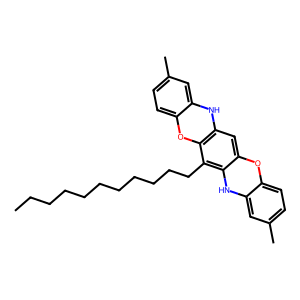
SMILES: CCCCCCCCCCCc1c2[nH]c3cc(C)ccc3oc2cc2[nH]c3cc(C)ccc3oc12
Inhibits HIV replication: No